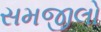
સમજીલો